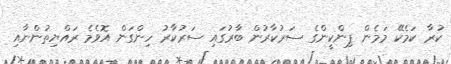
ކުރާ ކަމެކޭ މަމެން ޕިންކީންގެ ސަރުކާރުން ބާރުގައި ސަރުކާރު ހިންގަން އޮވެމެ ރައްޔިތުންނާއި